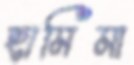
হামিমা